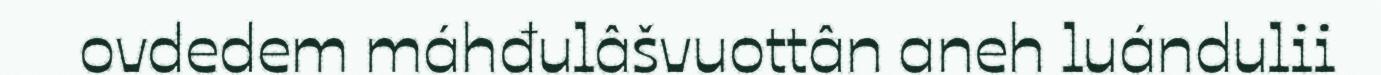
ovdedem máhđulâšvuottân aneh luándulii